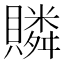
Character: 𧸍